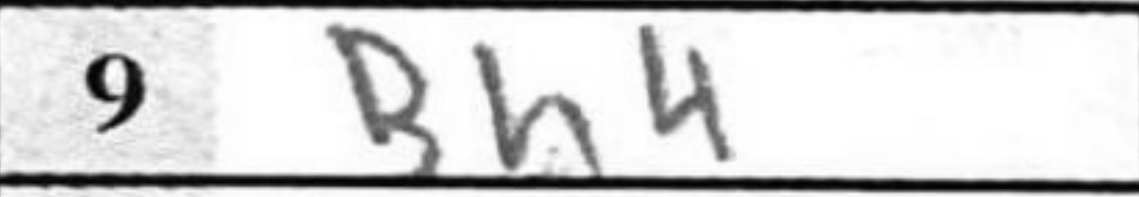
Transcription: Bh4